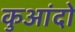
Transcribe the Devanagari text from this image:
कुआंदो